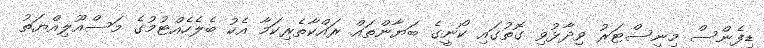
ޑިފެންސް މިނިސްޓަރު ވިދާޅުވި ގޮތުގައި ކޯނީގެ ބަޔާންތައް ރައްކާތެރިކަމާ އެކު ބެލެހެއްޓުމުގެ މަސްއޫލިއްޔަތު